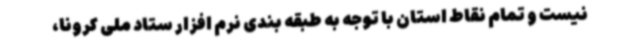
نیست و تمام نقاط استان با توجه به طبقه بندی نرم افزار ستاد ملی کرونا،